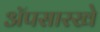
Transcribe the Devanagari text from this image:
ॲपसारखे